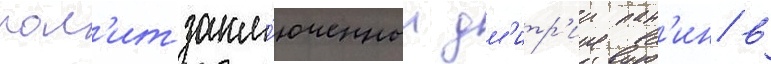
пол'итзакл'юченныи дм'итр'ии пан'ин в